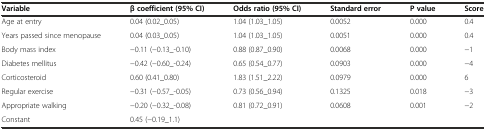
<table><thead><tr><td><b>Variable</b></td><td><b>β coefficient (95% CI)</b></td><td><b>Odds ratio (95% CI)</b></td><td><b>Standard error</b></td><td><b>P value</b></td><td><b>Score</b></td></tr></thead><tbody><tr><td>Age at entry</td><td>0.04 (0.02_0.05)</td><td>1.04 (1.03_1.05)</td><td>0.0052</td><td>0.000</td><td>0.4</td></tr><tr><td>Years passed since menopause</td><td>0.04 (0.03_0.05)</td><td>1.04 (1.03_1.05)</td><td>0.0051</td><td>0.000</td><td>0.4</td></tr><tr><td>Body mass index</td><td>−0.11 (−0.13_-0.10)</td><td>0.88 (0.87_0.90)</td><td>0.0068</td><td>0.000</td><td>−1</td></tr><tr><td>Diabetes mellitus</td><td>−0.42 (−0.60_-0.24)</td><td>0.65 (0.54_0.77)</td><td>0.0903</td><td>0.000</td><td>−4</td></tr><tr><td>Corticosteroid</td><td>0.60 (0.41_0.80)</td><td>1.83 (1.51_2.22)</td><td>0.0979</td><td>0.000</td><td>6</td></tr><tr><td>Regular exercise</td><td>−0.31 (−0.57_-0.05)</td><td>0.73 (0.56_0.94)</td><td>0.1325</td><td>0.018</td><td>−3</td></tr><tr><td>Appropriate walking</td><td>−0.20 (−0.32_-0.08)</td><td>0.81 (0.72_0.91)</td><td>0.0608</td><td>0.001</td><td>−2</td></tr><tr><td>Constant</td><td>0.45 (−0.19_1.1)</td><td></td><td></td><td></td><td></td></tr></tbody></table>